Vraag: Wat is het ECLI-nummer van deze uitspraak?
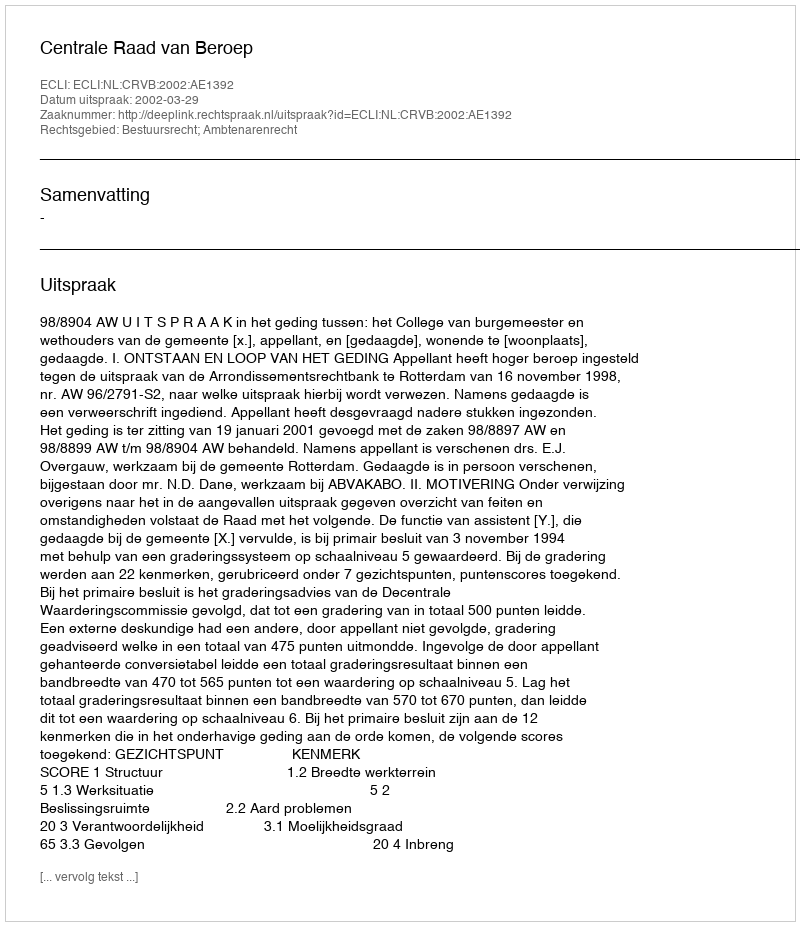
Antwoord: ECLI:NL:CRVB:2002:AE1392